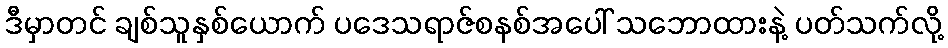
ဒီမှာတင် ချစ်သူနှစ်ယောက် ပဒေသရာဇ်စနစ်အပေါ် သဘောထားနဲ့ ပတ်သက်လို့